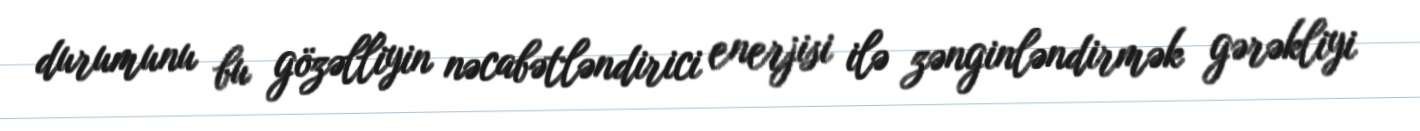
durumunu bu gözəlliyin nəcabətləndirici enerjisi ilə zənginləndirmək gərəkliyi